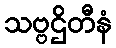
သဗ္ဗဌိတီနံ